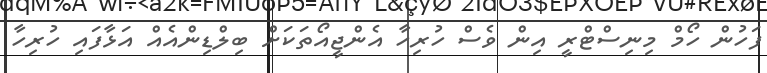
ފަހުން ހޯމް މިނިސްޓްރީ އިން ވެސް ހުރިހާ އެންޖީއޯތަކަށް ބިލްޑިންއެއް އަޅާފައި ހުރިހާ